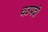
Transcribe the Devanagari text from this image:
चउपदी